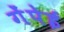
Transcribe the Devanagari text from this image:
गेंपेई